Civil Veterinary Dept. North-West Frontier Province 1933-46 - 1933-1946
Year: 1933
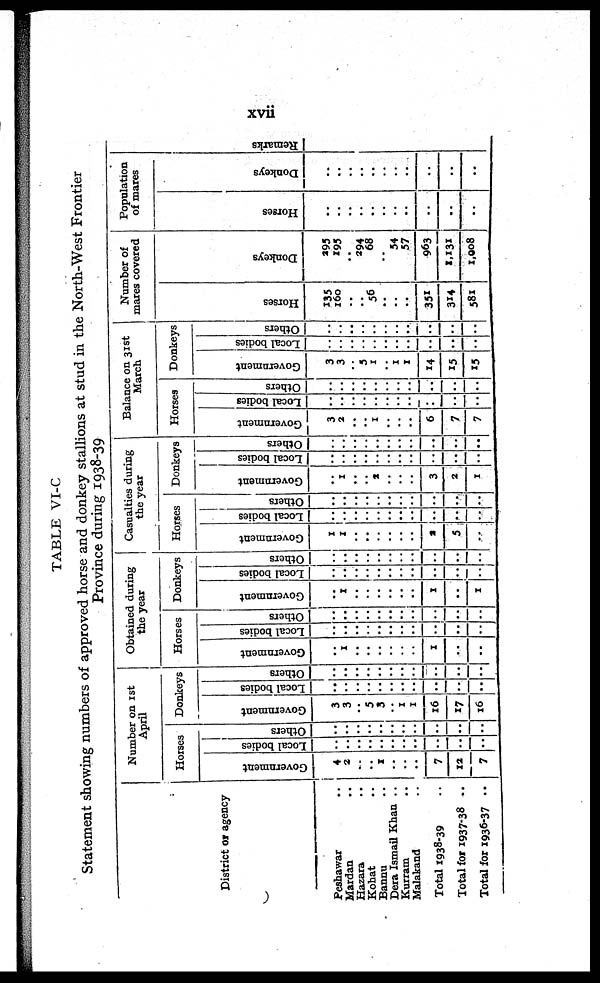
xvii
TABLE VI-C
Statement showing numbers of approved horse and donkey stallions at stud in the North-West Frontier
Province during 1938-39
District or agency
Peshawar ..
Mardan ..
Hazara ..
Kohat ..
Bannu ..
Dera Ismail Khan ..
Kurram ..
Malakand ..
Total 1938-39 ..
Total for 1937-38 ..
Total for 1936-37 ..
Number on 1st
April
Horses
Government
4
2
..
..
1
..
..
..
7
12
7
Local bodies
..
..
..
..
..
..
..
..
..
..
..
Others
..
..
..
..
..
..
..
..
..
..
..
Donkeys
Government
3
3
..
5
3
..
1
1
16
17
16
Local bodies
..
..
..
..
..
..
..
..
..
..
..
! Others
..
..
..
..
..
..
..
..
..
..
..
Obtained during
the year
Horses
Government
..
1
..
..
..
..
..
..
1
..
..
Local bodies
..
..
..
..
..
..
..
..
..
..
..
Others
..
..
..
..
..
..
..
..
..
..
..
Donkeys
Government
..
1
..
..
..
..
..
..
1
..
1
Local bodies
..
..
..
..
..
..
..
..
..
..
..
Others
..
..
..
..
..
..
..
..
..
..
..
Casualties during
the year
Horses
Government
1
1
..
..
..
..
..
..
2
5
..
Local bodi es
..
..
..
..
..
..
..
..
..
..
..
Ot her s
..
..
..
..
..
..
..
..
..
..
..
Donkeys
Government
..
1
..
..
2
..
..
..
3
2
1
Local bodies
..
..
..
..
..
..
..
..
..
..
..
Others
..
..
..
..
..
..
..
..
..
..
..
Balance on 31st
March
Horses
Government
3
2
..
..
1
..
..
..
6
7
7
Local bodies
..
..
..
..
..
..
..
..
:
..
..
Others
..
..
..
..
..
..
..
..
..
..
..
Donkeys
Government
3
3
..
5
1
..
1
1
14
15
15
Local bodies
..
..
..
..
..
..
..
..
..
..
..
Others
..
..
..
..
..
..
..
..
..
..
..
Number of
mares covered
Horses
135
160
..
..
56
..
..
..
351
314
581
Donkeys
295
195
..
294
68
..
54
57
963
1,131
1,008
Population
of mares
Horses
..
..
..
..
..
..
..
..
..
..
..
Donkeys
..
..
..
..
..
..
..
..
..
..
..
Remarks